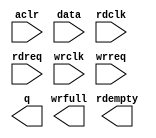
module FIFO_WRITE (
	aclr,
	data,
	rdclk,
	rdreq,
	wrclk,
	wrreq,
	q,
	rdempty,
	wrfull);

	input	  aclr;
	input	[7:0]  data;
	input	  rdclk;
	input	  rdreq;
	input	  wrclk;
	input	  wrreq;
	output	[7:0]  q;
	output	  rdempty;
	output	  wrfull;
`ifndef ALTERA_RESERVED_QIS
// synopsys translate_off
`endif
	tri0	  aclr;
`ifndef ALTERA_RESERVED_QIS
// synopsys translate_on
`endif

endmodule